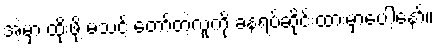
အဲ့မှာ ထိုးဖို့ မသင့် တော်တဲ့လူကို ခနရပ်ဆိုင်းထားမှာပေါ့နော်။